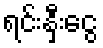
ရင်းနှီးငွေ